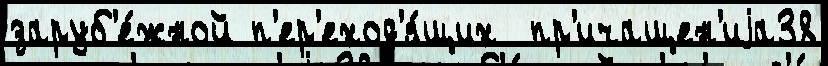
заруб'е́жной п'ер'еход'я́щих  пр'ичащен'иjа38